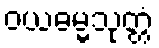
ဝယဓမ္မသုတ္တံ